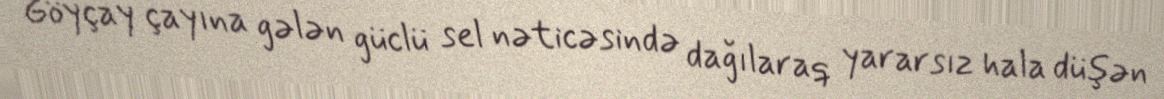
Göyçay çayına gələn güclü sel nəticəsində dağılaraq yararsız hala düşən